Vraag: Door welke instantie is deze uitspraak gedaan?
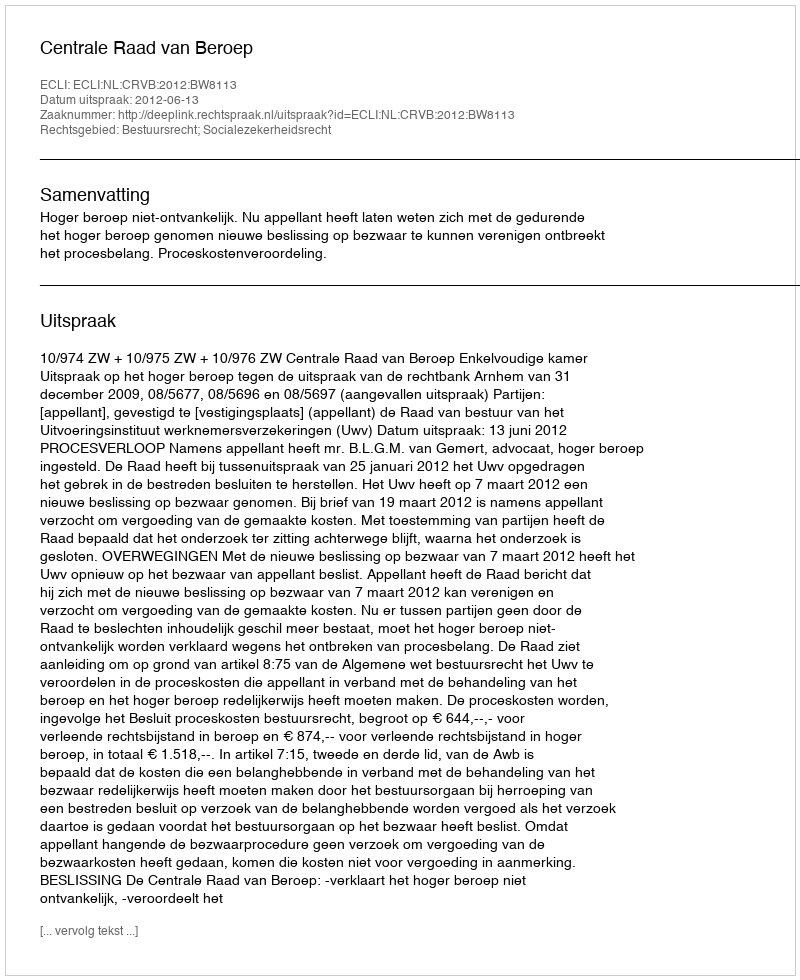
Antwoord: Centrale Raad van Beroep